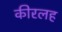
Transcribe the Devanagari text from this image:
कीरलह